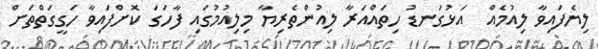
ލިޔެފައިވާ ލިއުމެއް  އަޅުގަނޑު ހިތައްއަރާ ލިއުންތެރިޔާ މިލިއުމުގައި ފާހަގަ ކޮށްފައިވާ ހަގީގަތްތަށް